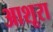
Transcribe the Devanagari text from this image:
आशूरा